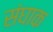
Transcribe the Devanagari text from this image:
संघाक